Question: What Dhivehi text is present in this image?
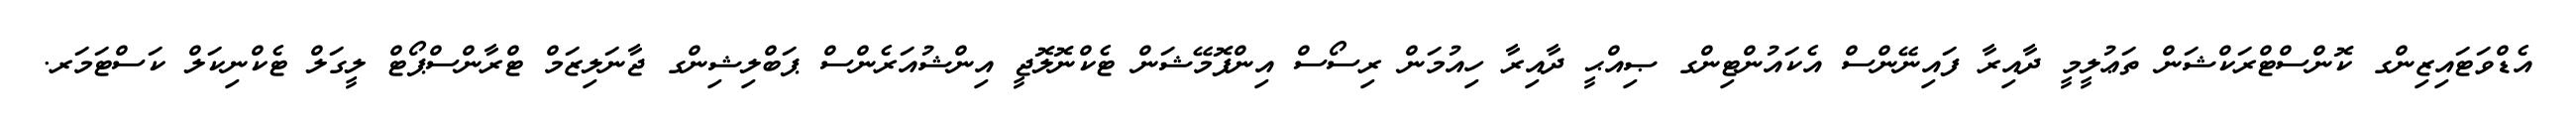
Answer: އެޑްވަޓައިޒިންގ ކޮންސްޓްރަކްޝަން ތަޢުލީމީ ދާއިރާ ފައިނޭންސް އެކައުންޓިންގ ޞިއްޙީ ދާއިރާ ހިއުމަން ރިސޯސް އިންފޮމޭޝަން ޓެކްނޮލޮޖީ އިންޝުއަރެންސް ޕަބްލިޝިންގ ޖާނަލިޒަމް ޓްރާންސްޕޯޓް ލީގަލް ޓެކްނިކަލް ކަސްޓަމަރ.